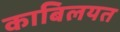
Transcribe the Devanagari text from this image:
काबिलयत